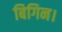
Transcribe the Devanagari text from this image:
बिगिन।